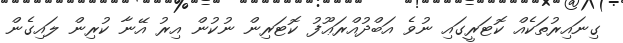
ގިނައިރުތަކެއް ކޮޓަރީގައި ނުވެ އަބްދުއްރަޢޫފު ކޮޓަރިން ނުކުން އިރު އޭނާ ކުރިން ލައިގެން